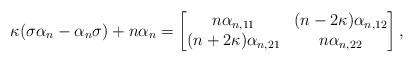
LaTeX: \begin{gather*}\kappa ( \sigma\alpha_{n}-\alpha_{n}\sigma ) +n\alpha_{n}=\left[\begin{matrix}n\alpha_{n,11} & (n-2\kappa) \alpha_{n,12}\\( n+2\kappa) \alpha_{n,21} & n\alpha_{n,22}\end{matrix}\right] ,\end{gather*}